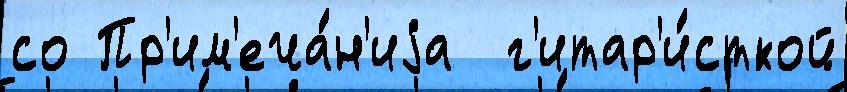
со Пр'им'еча́н'иjа  г'итар'и́сткой